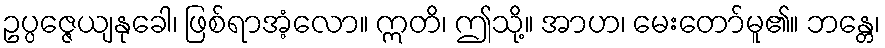
ဥပ္ပဇ္ဇေယျနုခေါ၊ ဖြစ်ရာအံ့လော။ ဣတိ၊ ဤသို့။ အာဟ၊ မေးတော်မူ၏။ ဘန္တေ၊